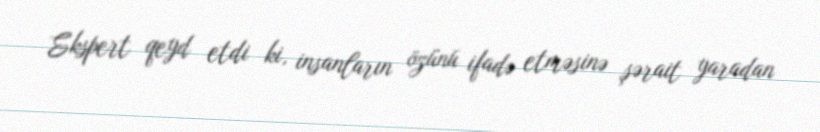
Ekspert qeyd etdi ki, insanların özünü ifadə etməsinə şərait yaradan